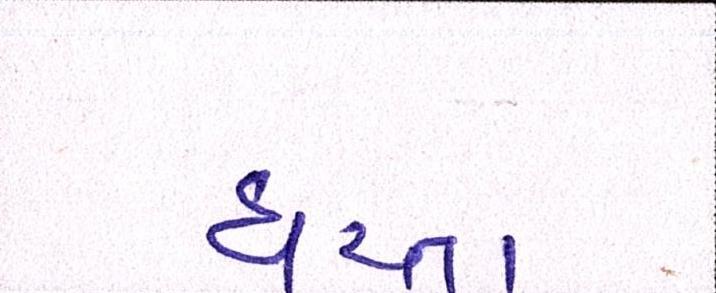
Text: ધરતા